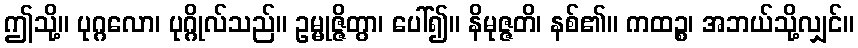
ဤသို့။ ပုဂ္ဂလော၊ ပုဂ္ဂိုလ်သည်။ ဥမ္မုဇ္ဇိတွာ၊ ပေါ်၍။ နိမုဇ္ဇတိ၊ နစ်၏။ ကထဉ္စ၊ အဘယ်သို့လျှင်။